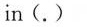
in(.)